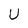
Character: U